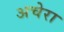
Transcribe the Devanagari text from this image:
अचेरा